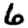
Digit: 6